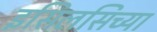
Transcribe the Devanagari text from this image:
इसिलसिच्या